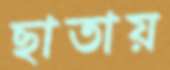
ছাতায়